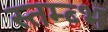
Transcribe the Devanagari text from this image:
स्तम्ब्भ